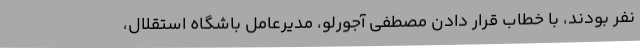
نفر بودند، با خطاب قرار دادن مصطفی آجورلو، مدیرعامل باشگاه استقلال،